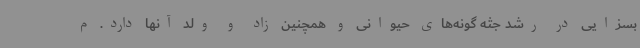
بسزایی در رشد جثه گونه‌های حیوانی و همچنین زاد و ولد آنها دارد. م